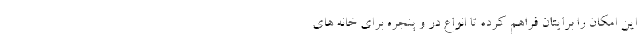
این امکان را برایتان فراهم کرده تا انواع در و پنجره برای خانه های